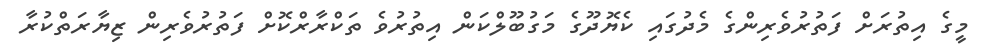
މީގެ އިތުރަށް ފަތުރުވެރިންގެ މެދުގައި ކެޔޮދޫގެ މަގުބޫލްކަން އިތުުރުވެ ތަކްރާރްކޮށް ފަތުރުވެރިން ޒިޔާރަތްކުރާ